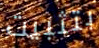
بتثبيت